Indian journal of veterinary science and animal husbandry - Volume 2,
Year: 1932
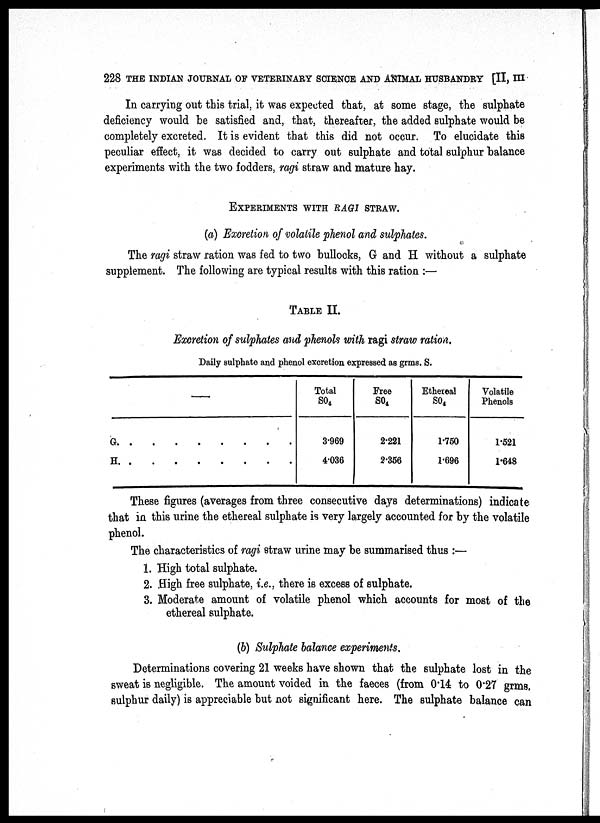
228 THE INDIAN JOURNAL OF VETERINARY SCIENCE AND ANIMAL HUSBANDRY [II, III
In carrying out this trial, it was expected that, at some stage, the sulphate
deficiency would be satisfied and, that, thereafter, the added sulphate would be
completely excreted. It is evident that this did not occur. To elucidate this
peculiar effect, it was decided to carry out sulphate and total sulphur balance
experiments with the two fodders, ragi straw and mature hay.
EXPERIMENTS WITH RAGI STRAW.
(a) Excretion of volatile phenol and sulphates.
The ragi straw ration was fed to two bullocks, G and H without a sulphate
supplement. The following are typical results with this ration :—
TABLE II.
Excretion of sulphates and phenols with ragi straw ration.
Daily sulphate and phenol excretion expressed as grms. S.
—
G. . . . . . . .
H. . . . . . . .
Total
SO 4
3.969
4.036
Free
SO 4
2.221
2.356
Ethereal
SO 4
1.750
1.696
Volatile
Phenols
1.521
1.648
These figures (averages from three consecutive days determinations) indicate
that in this urine the ethereal sulphate is very largely accounted for by the volatile
phenol.
The characteristics of ragi straw urine may be summarised thus :—
1. High total sulphate.
2. High free sulphate, i.e., there is excess of sulphate.
3. Moderate amount of volatile phenol which accounts for most of the
ethereal sulphate.
(b) Sulphate balance experiments.
Determinations covering 21 weeks have shown that the sulphate lost in the
sweat is negligible. The amount voided in the faeces (from 0.14 to 0.27 grms.
sulphur daily) is appreciable but not significant here. The sulphate balance can